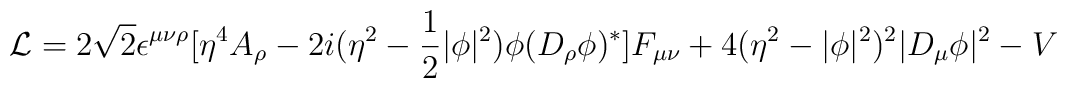
{\cal L} = 2\sqrt{2}\epsilon^{\mu\nu\rho}[\eta^{4}A_{\rho} - 2i(\eta^{2}-\frac{1}{2} \vert\phi\vert^{2})\phi (D_{\rho}\phi)^{*}]F_{\mu\nu} +4(\eta^{2} - \vert\phi\vert^{2})^{2}\vert D_{\mu}\phi\vert^{2} -V